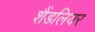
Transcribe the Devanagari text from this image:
शैंडलियर